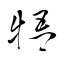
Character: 牾